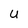
Character: u